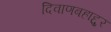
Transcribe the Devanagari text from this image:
दिवाणबहाद्दुर